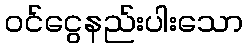
ဝင်ငွေနည်းပါးသော